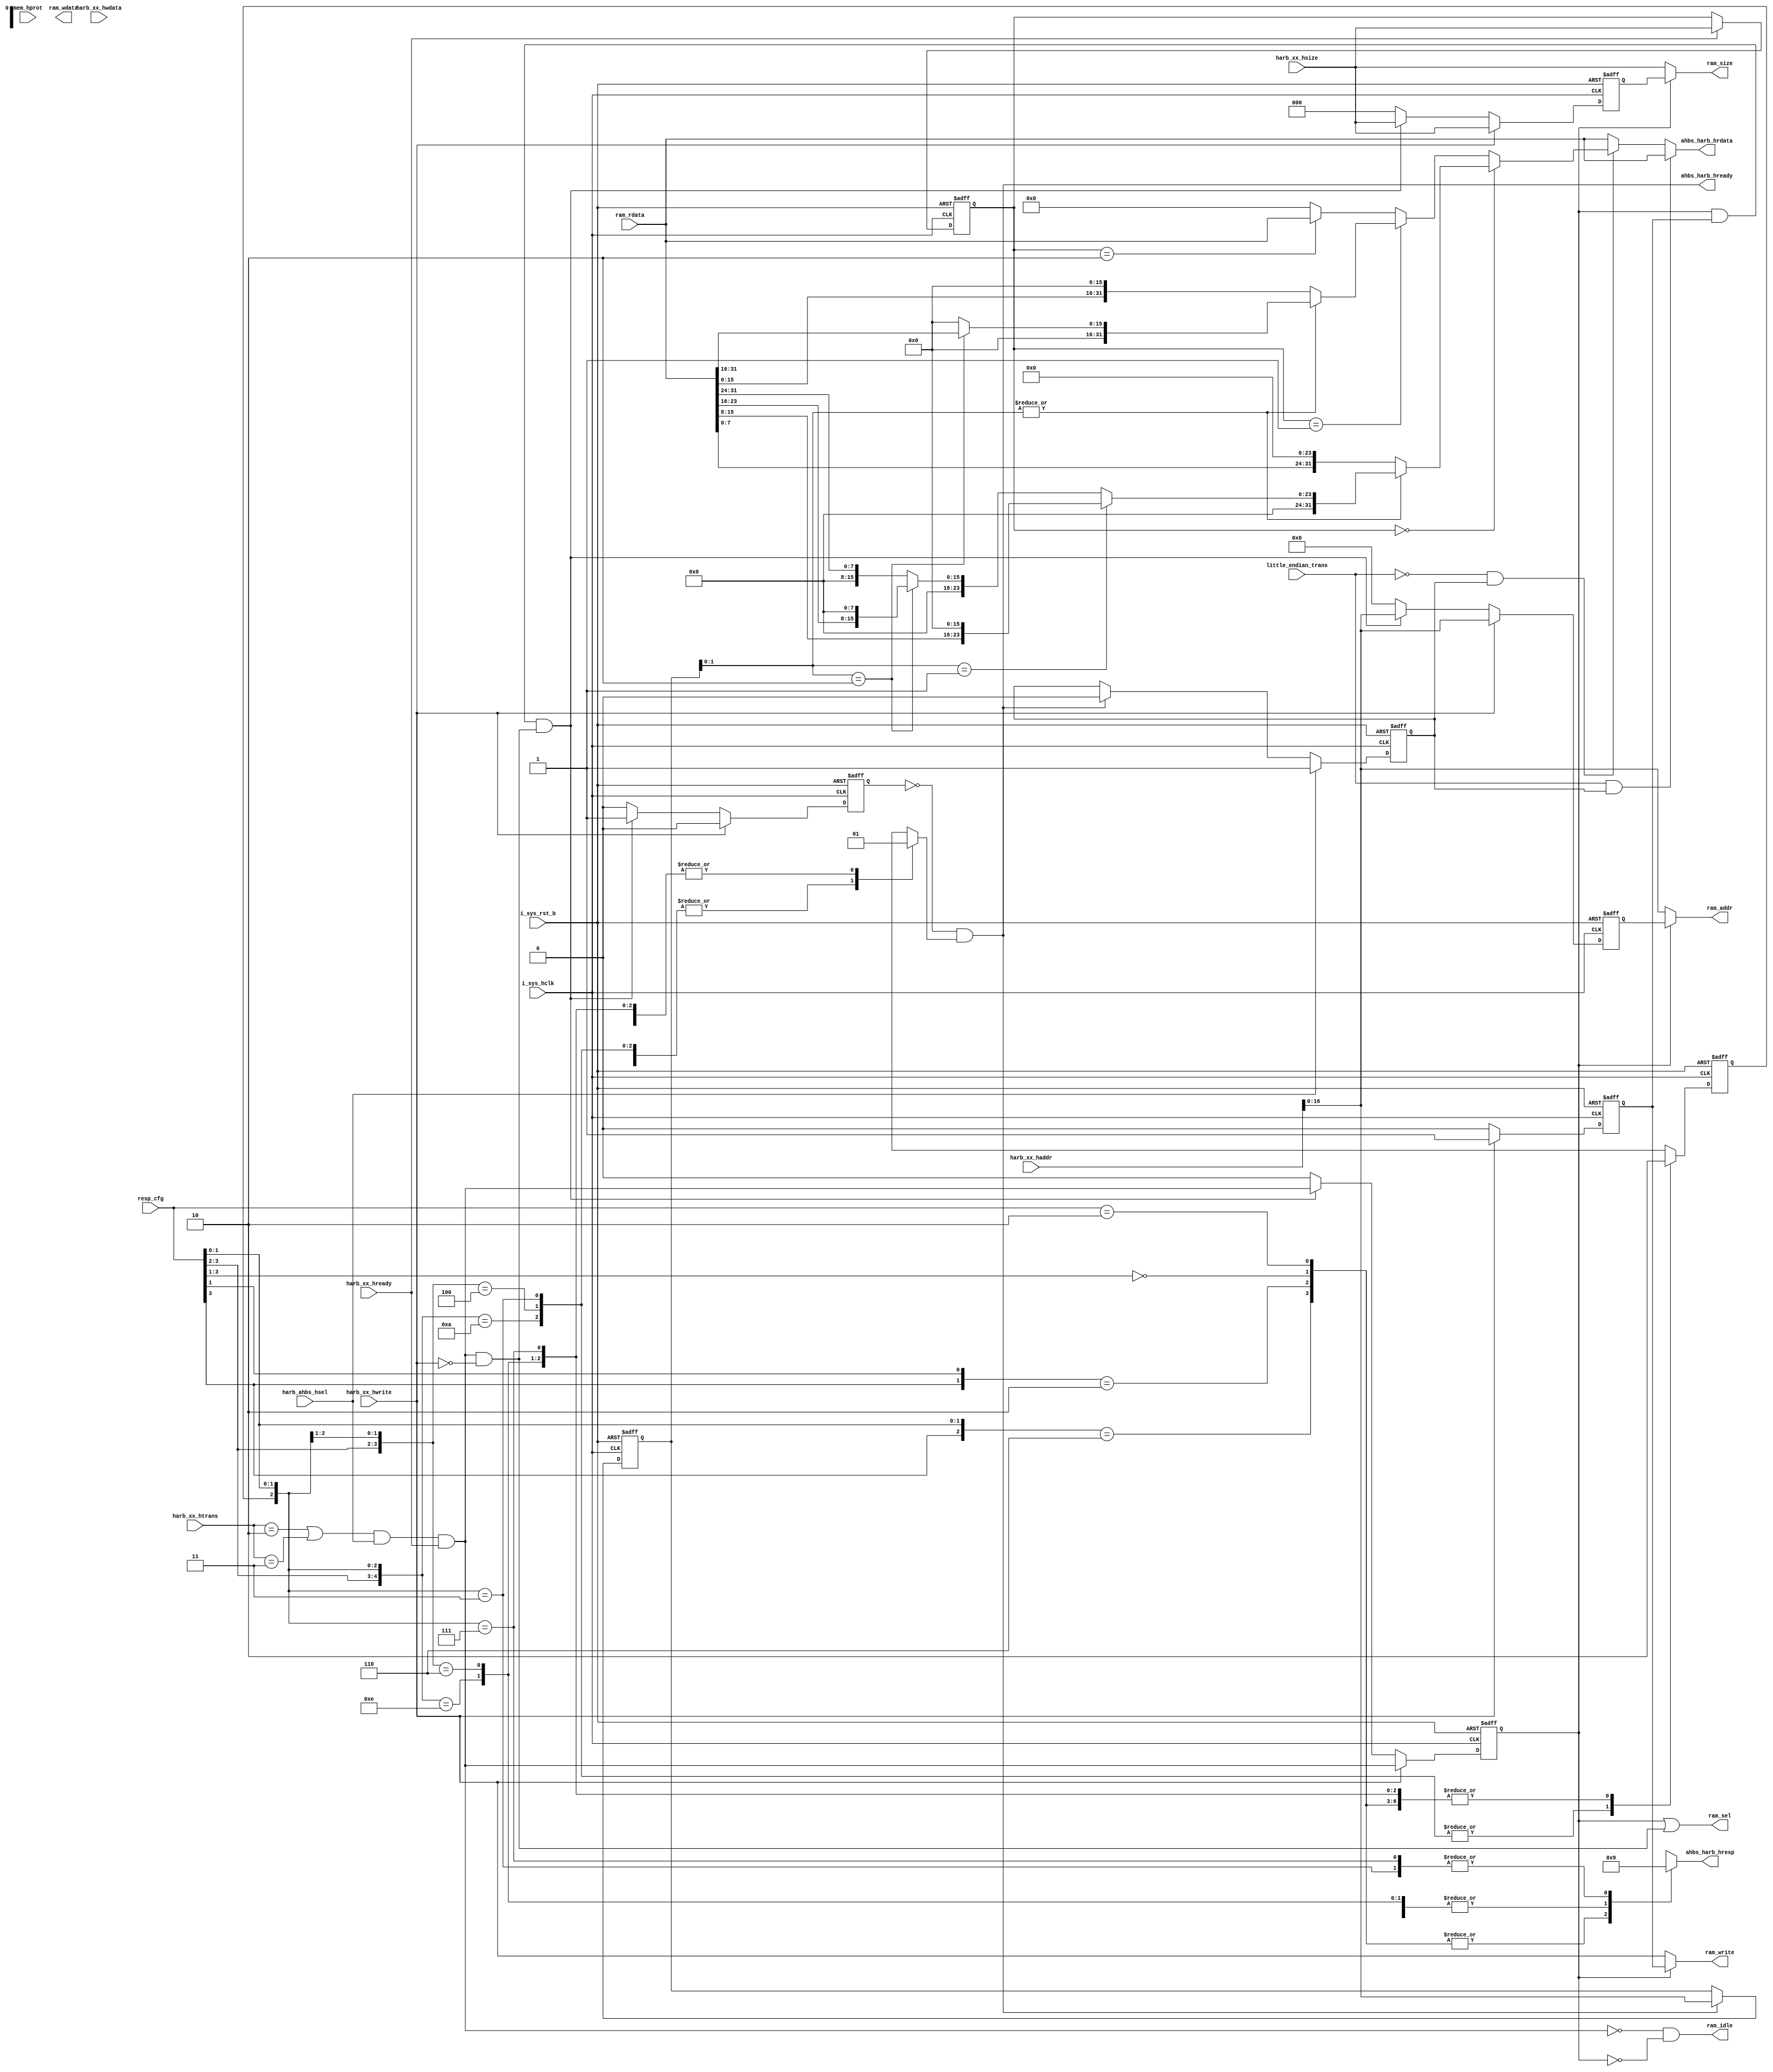
module sms_sms_ahbs_bk128(
  ahbs_harb_hrdata,
  ahbs_harb_hready,
  ahbs_harb_hresp,
  harb_ahbs_hsel,
  harb_xx_haddr,
  harb_xx_hready,
  harb_xx_hsize,
  harb_xx_htrans,
  harb_xx_hwdata,
  harb_xx_hwrite,
  i_sys_hclk,
  i_sys_rst_b,
  little_endian_trans,
  mem_hprot,
  ram_addr,
  ram_idle,
  ram_rdata,
  ram_sel,
  ram_size,
  ram_wdata,
  ram_write,
  resp_cfg
);
input           harb_ahbs_hsel;         
input   [31:0]  harb_xx_haddr;          
input           harb_xx_hready;         
input   [2 :0]  harb_xx_hsize;          
input   [1 :0]  harb_xx_htrans;         
input   [31:0]  harb_xx_hwdata;         
input           harb_xx_hwrite;         
input           i_sys_hclk;             
input           i_sys_rst_b;            
input           little_endian_trans;    
input   [3 :0]  mem_hprot;              
input   [31:0]  ram_rdata;              
input   [3 :0]  resp_cfg;               
output  [31:0]  ahbs_harb_hrdata;       
output          ahbs_harb_hready;       
output  [1 :0]  ahbs_harb_hresp;        
output  [16:0]  ram_addr;               
output          ram_idle;               
output          ram_sel;                
output  [2 :0]  ram_size;               
output  [31:0]  ram_wdata;              
output          ram_write;              
reg             ahbs_harb_hready_s;     
reg     [1 :0]  ahbs_harb_hresp;        
reg             harb_ahbs_hsel_r;       
reg     [16:0]  harb_xx_haddr_r;        
reg     [2 :0]  harb_xx_hsize_r;        
reg             read_after_write_access; 
reg             rty_first;              
reg             rty_flag;               
reg     [16:0]  w_ram_addr_tmp;         
reg             w_ram_sel_tmp;          
reg     [2 :0]  w_ram_size_tmp;         
reg             w_ram_write_tmp;        
wire            a_act_burst;            
wire            a_byte;                 
wire            a_halfword;             
wire            a_nonseq;               
wire            a_seq;                  
wire            a_word;                 
wire            ahbs_harb_hready;       
wire            harb_ahbs_hsel;         
wire    [31:0]  harb_xx_haddr;          
wire            harb_xx_hready;         
wire    [2 :0]  harb_xx_hsize;          
wire    [1 :0]  harb_xx_htrans;         
wire            harb_xx_hwrite;         
wire            hready_s;               
wire            i_sys_hclk;             
wire            i_sys_rst_b;            
wire    [16:0]  r_ram_addr;             
wire            r_ram_sel;              
wire    [2 :0]  r_ram_size;             
wire            r_ram_write;            
wire    [16:0]  ram_addr;               
wire            ram_idle;               
wire    [31:0]  ram_rdata;              
wire            ram_sel;                
wire    [2 :0]  ram_size;               
wire    [31:0]  ram_wdata;              
wire            ram_write;              
wire    [31:0]  reg_slave_rdata;        
wire    [3 :0]  resp_cfg;               
wire    [31:0]  slave_reg_wdata_t;      
wire    [1 :0]  sms_resp;               
wire    [16:0]  w_ram_addr;             
wire            w_ram_sel;              
wire    [2 :0]  w_ram_size;             
wire            w_ram_write;            
parameter        REG_NUM = 64;
parameter        BIT_WIDTH = 17;
parameter                 NONSEQ  = 2'b10;
parameter                 SEQ     = 2'b11;
parameter[2:0]   BYTE      = 3'b000, 
                 HALFWORD  = 3'b001, 
                 WORD      = 3'b010; 
parameter[1:0]   OKAY  = 2'b00,       
                 ERROR = 2'b01,
                 RETRY = 2'b10;
assign a_nonseq   = harb_xx_htrans[1:0] == NONSEQ;
assign a_seq      = harb_xx_htrans[1:0] == SEQ;
always @( posedge i_sys_hclk or negedge i_sys_rst_b)
begin
  if(!i_sys_rst_b)
    harb_xx_hsize_r[2:0] <= 3'b0;
  else if(harb_xx_hready)
    harb_xx_hsize_r[2:0] <= harb_xx_hsize[2:0];
  else 
    harb_xx_hsize_r[2:0] <= harb_xx_hsize_r[2:0];
end
assign a_byte     = (harb_xx_hsize_r[2:0]  == BYTE);
assign a_halfword = (harb_xx_hsize_r[2:0]  == HALFWORD);
assign a_word     = (harb_xx_hsize_r[2:0]  == WORD);
assign a_act_burst = ( a_nonseq || a_seq ) & harb_ahbs_hsel & harb_xx_hready;
always @(posedge i_sys_hclk  or negedge i_sys_rst_b)
begin
  if(!i_sys_rst_b)
     harb_ahbs_hsel_r <= 1'b0;
  else if(harb_ahbs_hsel)
     harb_ahbs_hsel_r <= 1'b1;
  else if(ahbs_harb_hready)
     harb_ahbs_hsel_r <= 1'b0;
end
always @( posedge i_sys_hclk or negedge i_sys_rst_b)
begin
  if(!i_sys_rst_b)
    harb_xx_haddr_r[BIT_WIDTH-1:0] <= {BIT_WIDTH{1'b0}};
  else if(ahbs_harb_hready)
    harb_xx_haddr_r[BIT_WIDTH-1:0] <= harb_xx_haddr[BIT_WIDTH-1:0];
  else
    harb_xx_haddr_r[BIT_WIDTH-1:0] <= harb_xx_haddr_r[BIT_WIDTH-1:0];
end
reg     [31:0]  ahbs_harb_hrdata;
reg     [31:0]  slave_reg_wdata;
always @(little_endian_trans 
      or harb_ahbs_hsel_r
      or a_byte
      or a_halfword
      or a_word
      or reg_slave_rdata[31:0]
      or harb_xx_haddr_r[1:0]
      or harb_xx_hwdata[31:0])
begin
  if(little_endian_trans & harb_ahbs_hsel_r)
    begin
      ahbs_harb_hrdata[31:0] = reg_slave_rdata[31:0];
      slave_reg_wdata[31:0] = harb_xx_hwdata[31:0];
    end
  else if (~little_endian_trans & harb_ahbs_hsel_r)
    begin
      ahbs_harb_hrdata[31:0] = 32'h0;
      slave_reg_wdata[31:0] = 32'h0;
      case(1'b1)
        a_byte :
        begin
          if(~|harb_xx_haddr_r[1:0])
            begin
              ahbs_harb_hrdata[31:0] = {reg_slave_rdata[7:0], 24'h0};
              slave_reg_wdata[31:0] = {24'h0, harb_xx_hwdata[31:24]};
            end
          else if(harb_xx_haddr_r[1:0] == 2'b01)
            begin
              ahbs_harb_hrdata[31:0] = {8'h0, reg_slave_rdata[15:8], 16'h0};
              slave_reg_wdata[31:0] = {16'h0, harb_xx_hwdata[23:16],8'h0};
            end
          else if(harb_xx_haddr_r[1:0] == 2'b10)
            begin
              ahbs_harb_hrdata[31:0] = {16'h0, reg_slave_rdata[23:16], 8'h0};
              slave_reg_wdata[31:0] = {8'h0, harb_xx_hwdata[15:8],16'h0};
            end
          else
            begin
              ahbs_harb_hrdata[31:0] = {24'h0,reg_slave_rdata[31:24]};
              slave_reg_wdata[31:0] = {harb_xx_hwdata[7:0],24'h0};
            end
        end
        a_halfword :
        begin
          if(~|harb_xx_haddr_r[1:0])
            begin
              ahbs_harb_hrdata[31:0] = {reg_slave_rdata[15:0], 16'h0};
              slave_reg_wdata[31:0] = {16'h0, harb_xx_hwdata[31:16]};
            end
          else if(harb_xx_haddr_r[1:0] == 2'b10)
            begin
              ahbs_harb_hrdata[31:0] = {16'h0, reg_slave_rdata[31:16]};
              slave_reg_wdata[31:0] = {harb_xx_hwdata[15:0],16'h0};
            end
          end
        a_word :
          begin
            ahbs_harb_hrdata[31:0] = reg_slave_rdata[31:0];
            slave_reg_wdata[31:0] = harb_xx_hwdata[31:0];
          end
      endcase
    end
  else
    begin
      ahbs_harb_hrdata[31:0] = reg_slave_rdata[31:0];
      slave_reg_wdata[31:0] = harb_xx_hwdata[31:0];
    end
end
`ifdef RAM_USAGE
assign slave_reg_wdata_t[31:0] = slave_reg_wdata[31:0];
`endif
always @ (posedge i_sys_hclk or negedge i_sys_rst_b)
begin
  if(!i_sys_rst_b)
    begin
      w_ram_sel_tmp <= 1'b0;
      w_ram_size_tmp[2:0] <= 3'b0;
      w_ram_addr_tmp[BIT_WIDTH-1:0] <= {BIT_WIDTH{1'b0}};
      w_ram_write_tmp <= 1'b0;
      read_after_write_access <= 1'b0;
    end
  else if(harb_xx_hwrite) 
    begin
      w_ram_sel_tmp <= a_act_burst;
      w_ram_size_tmp[2:0] <= harb_xx_hsize[2:0];
      w_ram_addr_tmp[BIT_WIDTH-1:0] <= harb_xx_haddr[BIT_WIDTH-1:0];
      w_ram_write_tmp <= 1'b1;
      if(read_after_write_access)
        read_after_write_access <= 1'b0;
      else
        read_after_write_access <= read_after_write_access;
    end
  else if(w_ram_sel & w_ram_write & r_ram_sel) 
    begin
      w_ram_sel_tmp <= a_act_burst;
      w_ram_size_tmp[2:0] <= harb_xx_hsize[2:0];
      w_ram_addr_tmp[BIT_WIDTH-1:0] <= harb_xx_haddr[BIT_WIDTH-1:0];
      w_ram_write_tmp <= 1'b0;
      read_after_write_access <= 1'b1;
    end
  else
    begin
      w_ram_sel_tmp <= 1'b0;
      w_ram_size_tmp[2:0] <= 3'b0;
      w_ram_addr_tmp[BIT_WIDTH-1:0] <= {BIT_WIDTH{1'b0}};
      w_ram_write_tmp <= 1'b0;
      read_after_write_access <= 1'b0;
    end
end
assign w_ram_size[2:0] = w_ram_size_tmp[2:0];
assign w_ram_addr[BIT_WIDTH-1:0] = w_ram_addr_tmp[BIT_WIDTH-1:0];
assign w_ram_sel = w_ram_sel_tmp;
assign w_ram_write = w_ram_write_tmp;
assign ram_wdata[31:0] = slave_reg_wdata_t[31:0];
assign r_ram_sel = a_act_burst & ~r_ram_write;
assign r_ram_write = harb_xx_hwrite;
assign r_ram_size[2:0] = harb_xx_hsize[2:0];
assign r_ram_addr[BIT_WIDTH-1:0] = harb_xx_haddr[BIT_WIDTH-1:0];
assign reg_slave_rdata[31:0] = ram_rdata[31:0];
assign ram_sel = w_ram_sel | r_ram_sel;
assign ram_write = w_ram_sel ? w_ram_write : r_ram_write;
assign ram_size[2:0] = w_ram_sel ? w_ram_size[2:0] : r_ram_size[2:0];
assign ram_addr[BIT_WIDTH-1:0] = w_ram_sel ? w_ram_addr[BIT_WIDTH-1:0] : r_ram_addr[BIT_WIDTH-1:0];


assign ram_idle = (~a_act_burst) & (~w_ram_sel);
always @ (posedge i_sys_hclk or negedge i_sys_rst_b)
begin
  if(~i_sys_rst_b)
    rty_first <= 1'b0;
  else
    rty_first <= rty_flag;
end
assign ahbs_harb_hready = (~read_after_write_access) & ahbs_harb_hready_s;
assign sms_resp[1:0] = OKAY;
assign hready_s = 1'b1;	
always @( hready_s
       or sms_resp[1:0]
       or resp_cfg[3:0]
       or rty_first)
begin
casex ({resp_cfg[3:2], rty_first, resp_cfg[1:0]})  // synopsys parallel_case
  5'b1x_x0_x,                     
  5'b1x_x1_0:                     
    begin
      rty_flag = 1'b0;
      ahbs_harb_hready_s = hready_s;
      ahbs_harb_hresp[1:0] = sms_resp[1:0];
    end
  5'b00_x1_0,
  5'b00_x0_x:                     
    begin
      rty_flag = 1'b0;
      ahbs_harb_hready_s = 1'b0;
      ahbs_harb_hresp[1:0] = OKAY;
    end
  5'b01_00_x,                     
  5'b01_01_0:              
    begin
      rty_flag = 1'b1;
      ahbs_harb_hready_s = 1'b0;
      ahbs_harb_hresp[1:0] = RETRY;
    end
  5'b01_10_x,
  5'b01_11_0:                    
    begin
      rty_flag = 1'b0;
      ahbs_harb_hready_s = 1'b1;
      ahbs_harb_hresp[1:0] = RETRY;
    end
  5'bxx_01_1:                    
    begin
      rty_flag = 1'b1;
      ahbs_harb_hready_s = 1'b0;
      ahbs_harb_hresp[1:0] = ERROR;
    end
  5'bxx_11_1:                    
    begin
      rty_flag = 1'b0;
      ahbs_harb_hready_s = 1'b1;
      ahbs_harb_hresp[1:0] = ERROR;
    end
  default:                      
    begin
      rty_flag = 1'b0;
      ahbs_harb_hready_s = 1'b1;
      ahbs_harb_hresp[1:0] = OKAY;
    end
endcase
end
endmodule